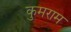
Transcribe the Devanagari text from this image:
कुमराम